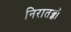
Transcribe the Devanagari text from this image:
निरातङ्को